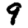
Digit: 9